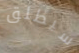
سيطلق